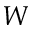
{ \cal W }